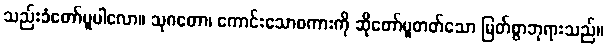
သည်းခံတော်မူပါလော။ သုဂတော၊ ကောင်းသောစကားကို ဆိုတော်မူတတ်သော မြတ်စွာဘုရားသည်။